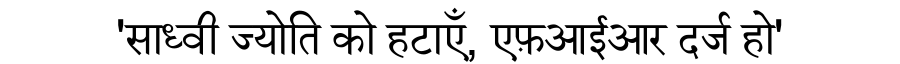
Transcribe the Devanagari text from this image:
'साध्वी ज्योति को हटाएँ, एफ़आईआर दर्ज हो'